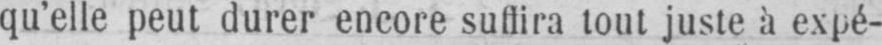
qu’elle peut durer encore suffira tout juste à expé-